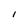
Character: i